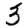
Digit: 3